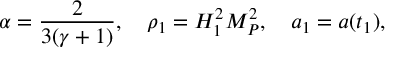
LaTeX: \alpha = \frac { 2 } { 3 ( \gamma + 1 ) } , ~ ~ ~ \rho _ { 1 } = H _ { 1 } ^ { 2 } M _ { P } ^ { 2 } , ~ ~ ~ a _ { 1 } = a ( t _ { 1 } ) ,